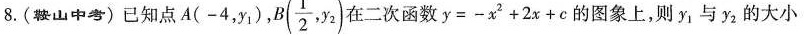
8.(鞍山中考)已知点A(-4，y_{1})， B( \frac{1}{2},y_{2}) 在二次函数$$y = - x ^ { 2 } + 2 x + c$$的图象上，则y_{1}与y_{2}的大小